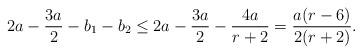
LaTeX: \begin{align*}2a - \frac{3a}{2} - b_1 - b_2 \leq 2a - \frac{3a}{2} - \frac{4a}{r+2} = \frac{a(r-6)}{2(r+2)}.\end{align*}